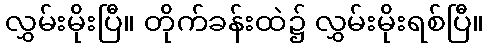
လွှမ်းမိုးပြီ။ တိုက်ခန်းထဲ၌ လွှမ်းမိုးရစ်ပြီ။